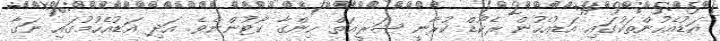
އަޑުއެހުންތަކުގައި އަޑުއެހުން ރެކޯޑް ކުރާނީ ޝަރީޢަތް ހިންގާ ކޯޓުންނެވެ. އަދި އަޑުއެހުމުގައި ނަގާ